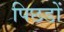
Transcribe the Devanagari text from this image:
पिछडों